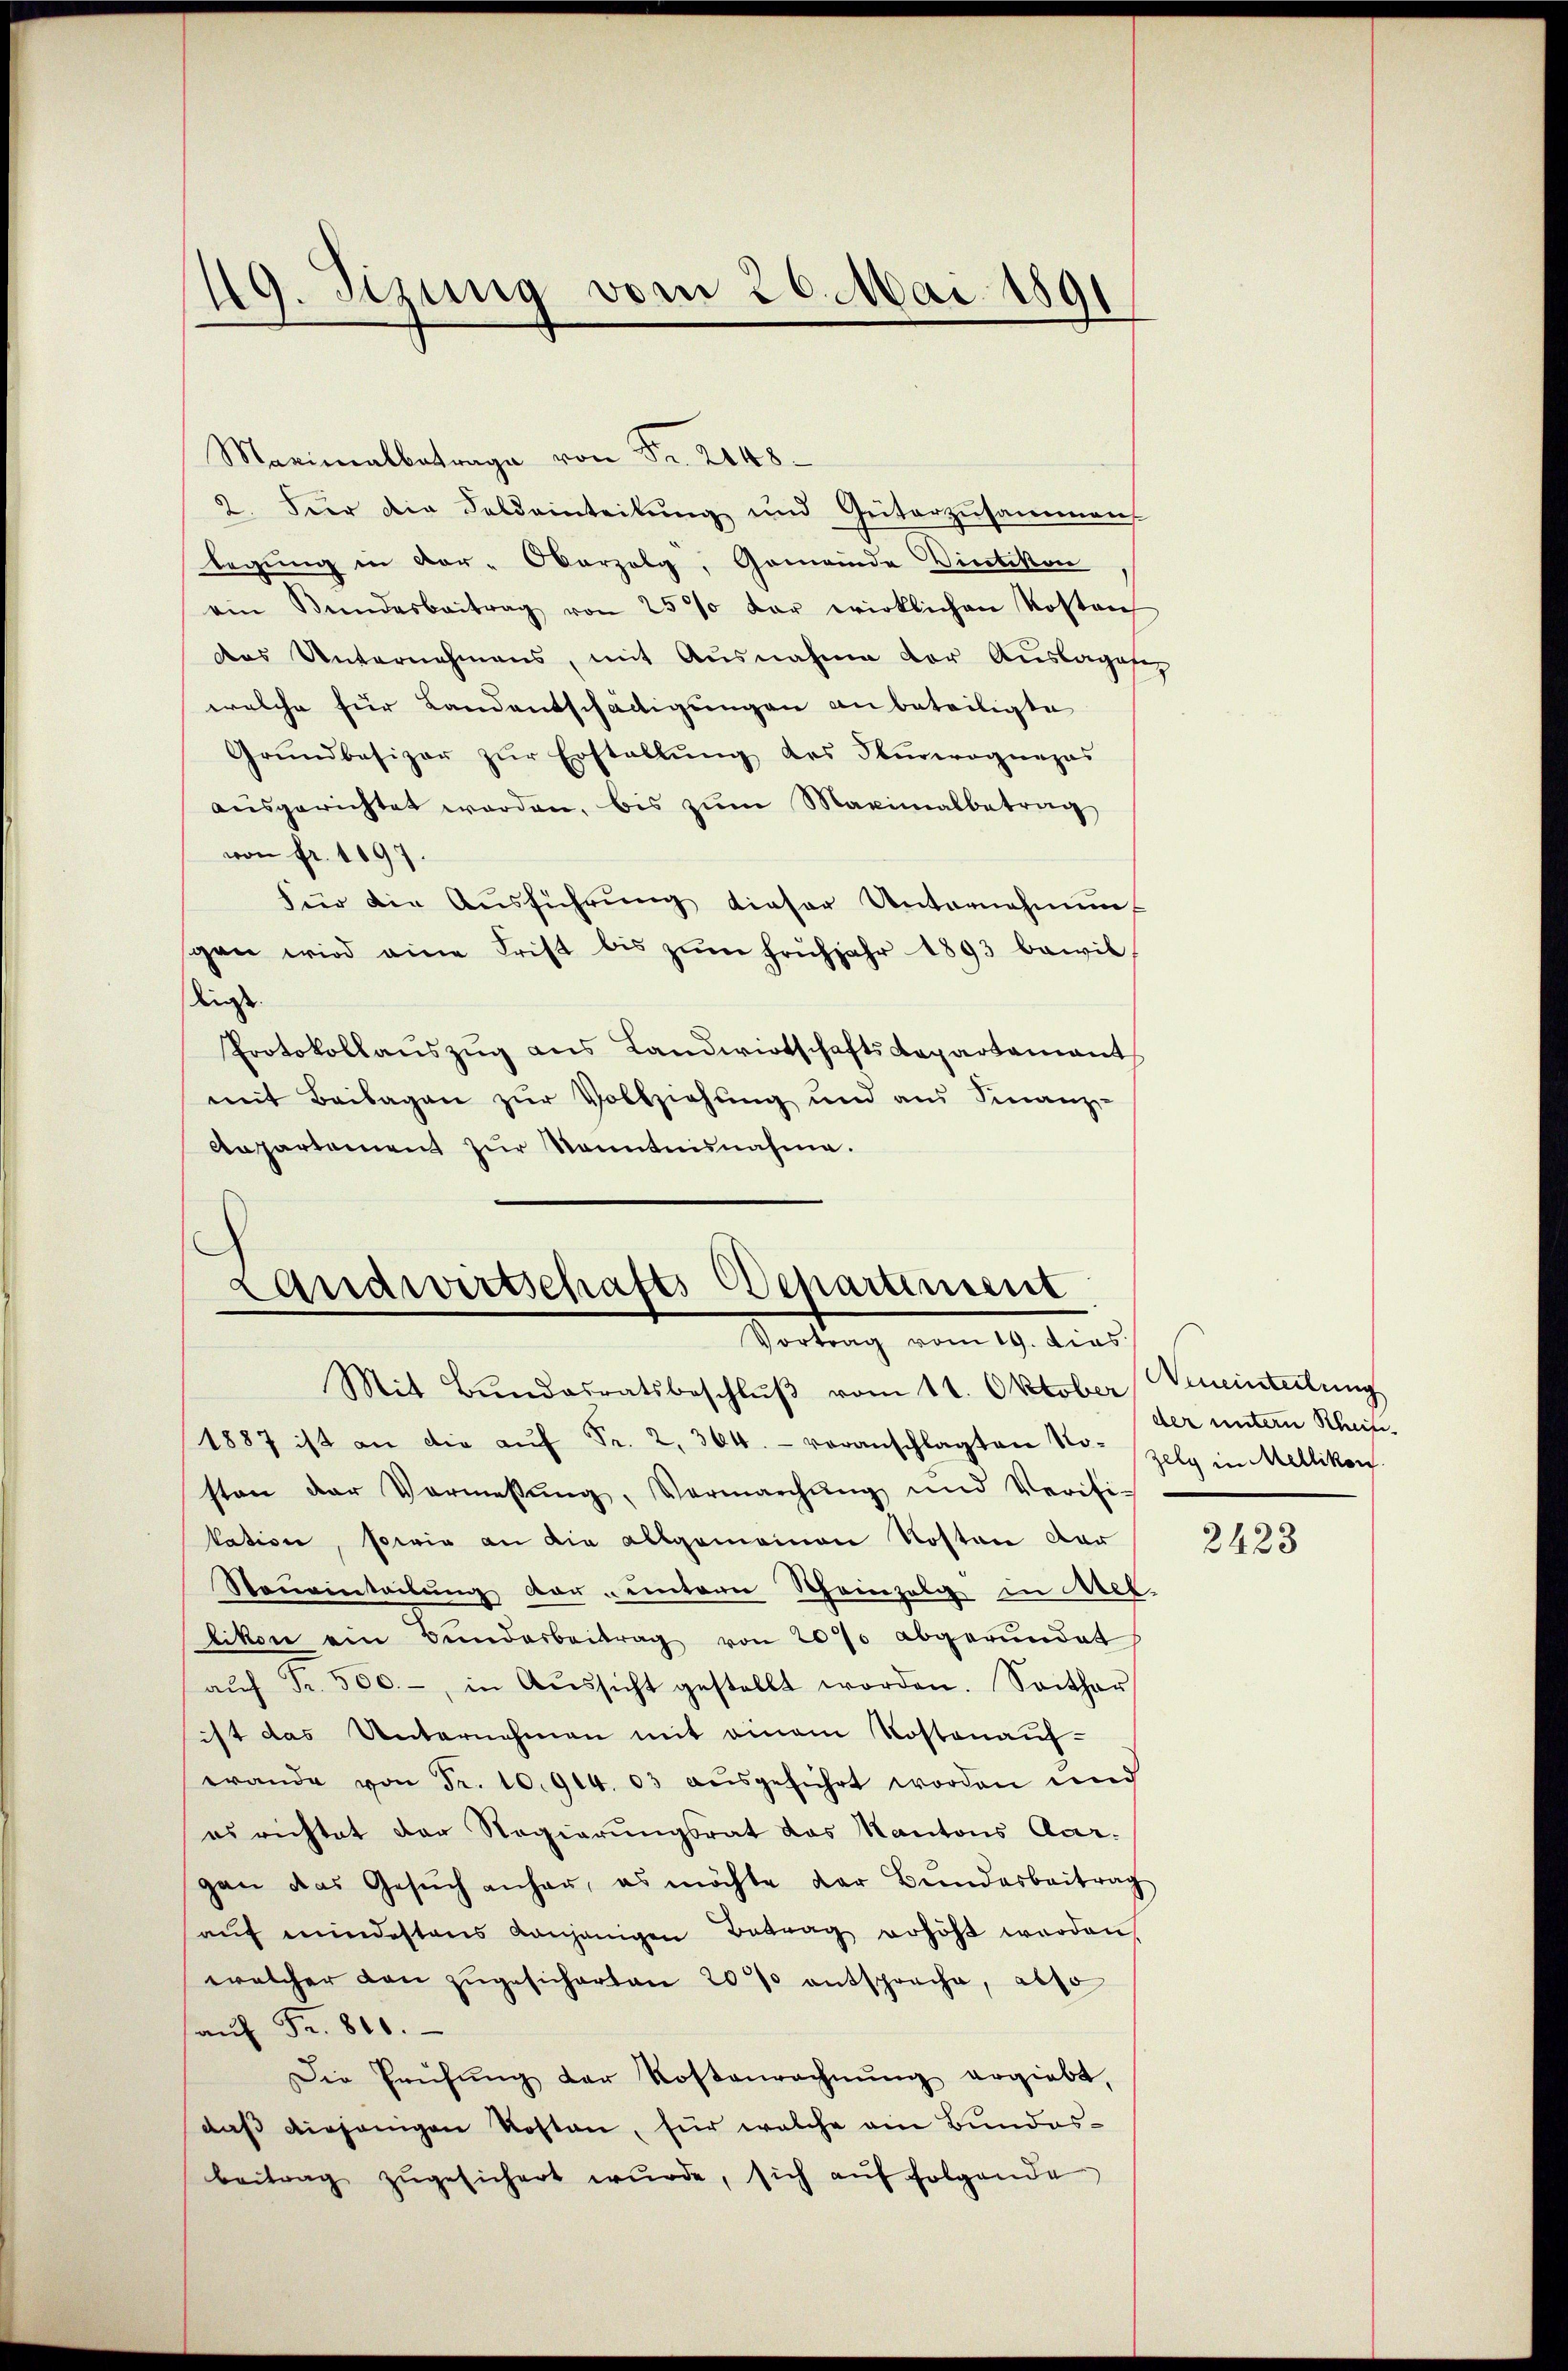
49. Sizung vom 26. Mai 1891

Maximalbetrage von Fr. 2048.
2. Hier die Feldeinteilŭng und Güterzusammens
legung in vor-Oberzolg, Gemeinde Vindikon
ain Bŭndesbeitrag von 25% der wirklichen Kostenf
des Unternahmens, mit Ausnahme der Aŭslagesz
welche für Landentschädigungen an beteiligte
Grŭndbesizer zŭr Erstellŭng des Oberwognages
aŭsgerichtet werden, bis zŭm Maximalbetrag
von fr. 1097.
Für die Aŭsführŭng dieser Unternehmung
gen wird eine Frist bis zŭm Frühjahr 1893 bewil
disse.
Protokollaŭszŭg ans Landwirtschaftsdepartamant
mit Beilagen zŭr Vollziehung und aus Sinanz-
Anpartement zŭr Kenntnisnahme.

Landwirtschafts Departiment
Vortrag vom 19. dies
Mit Bŭndesratsbeschlŭβ vom 11. Oktober Neueintertung

1887 ist an die aŭf Fr. 2, 364. voranschlagten No- Zelg in Mellikon
sten der Vormessŭng, Vermarchŭng und Verifi-
kation, sowie an die allgemeinen Kosten dar
Staŭrinteilŭng der ŭntern Scheinzelg in Mel
likon ein Bŭndarbeitrag von 20% abgerundet
aŭf Fr. 500.-, in Aŭssicht gestellt worden. Seither
ist das Unternehmen mit einem Kostenaŭf-
wande von Fr. 10. 914. 03 aŭsgeführt worden und
es richtet der Regierungsrat das Kantons Aar-
gan das Gesŭch anhar, es möchte der Bŭndesbeitrag
aŭf mindestens anjenigen Betrag erhöht werden
welcher den zŭgesicherten 20% entsprache, also
aŭf Fr. 800.
Die Prüfŭng der Kostenrechnŭng ergiebt,
daß diejenigen Kosten, für welche ein Bundesbeitrag zŭgesichert wŭrde, sich aŭf folgende

der untern Schein.

2423